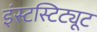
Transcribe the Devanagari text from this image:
इंस्टस्टिट्यूट